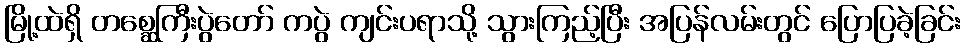
မြို့ထဲရှိ တစ္ဆေကြီးပွဲတော် ကပွဲ ကျင်းပရာသို့ သွားကြည့်ပြီး အပြန်လမ်းတွင် ပြောပြခဲ့ခြင်း